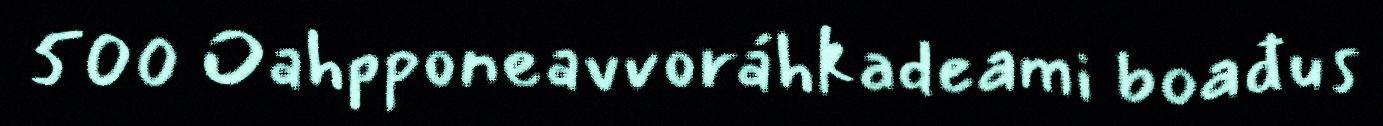
500 Oahpponeavvoráhkadeami boađus